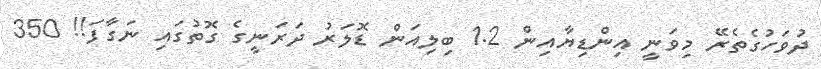
ދުވަހުގެތެރޭ މިވަނީ އިންޑިޔާއިން 1.2 ބިލިއަން ޑޮލަރު ދަރަނީގެ ގޮތުގައި ނަގާފަ!! 350